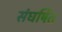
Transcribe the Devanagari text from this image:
संघर्षित